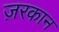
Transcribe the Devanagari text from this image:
ज़रकान